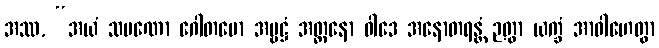
အဿ, “အယံ သမဏော ဂေါတမော အမ္ဗဋ္ဌံ အတ္တနော ဝါဒေ အနောတရန္တံ ဉတွာ ယက္ခံ အာဝါဟေတွာ